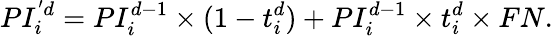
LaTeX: PI_{i}^{'d}=PI_{i}^{d-1}\times(1-t_{i}^{d})+PI_{i}^{d-1}\times t_{i}^{d}\times FN.